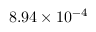
8 . 9 4 \times 1 0 ^ { - 4 }